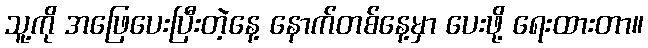
သူ့ကို အဖြေပေးပြီးတဲ့နေ့ နောက်တစ်နေ့မှာ ပေးဖို့ ရေးထားတာ။